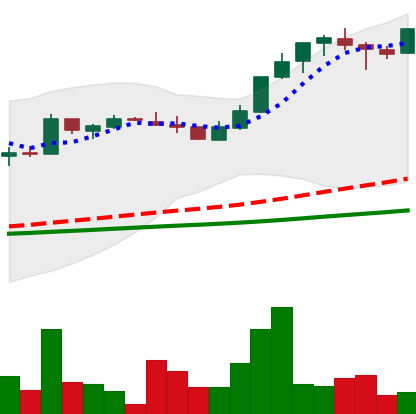
Ticker: LTC-USD
Chart end date: 2017-04-29
Forward return: 48.605%
Label: up_7plus